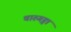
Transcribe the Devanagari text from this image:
चारुगङ्गा